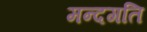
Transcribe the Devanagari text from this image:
मन्दगति